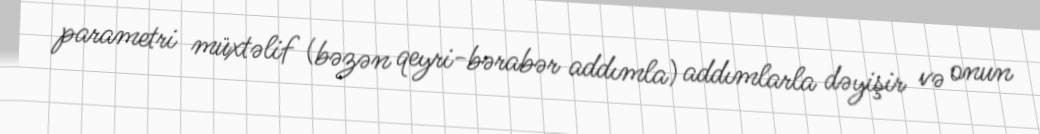
parametri müxtəlif (bəzən qeyri-bərabər addımla) addımlarla dəyişir və onun